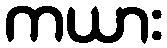
ကယား